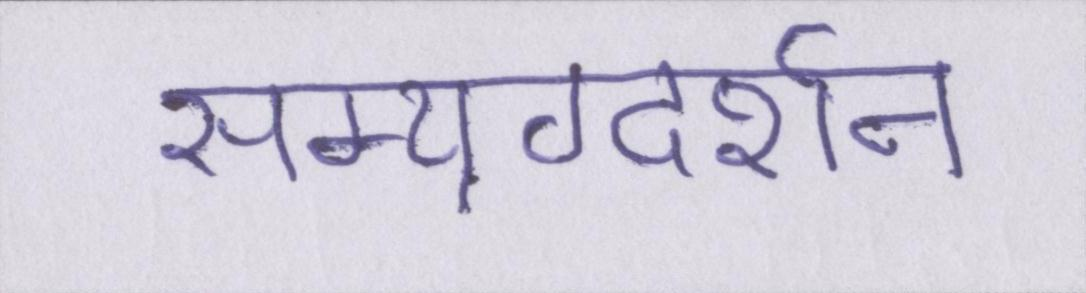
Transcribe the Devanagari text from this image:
सम्यग्दर्शन